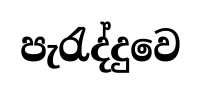
පැරැද්දුවෙ